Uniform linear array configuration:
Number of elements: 16
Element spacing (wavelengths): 0.75
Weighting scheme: exponential
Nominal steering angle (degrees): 45
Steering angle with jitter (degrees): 43.43
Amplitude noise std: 0.05
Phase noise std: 0.05

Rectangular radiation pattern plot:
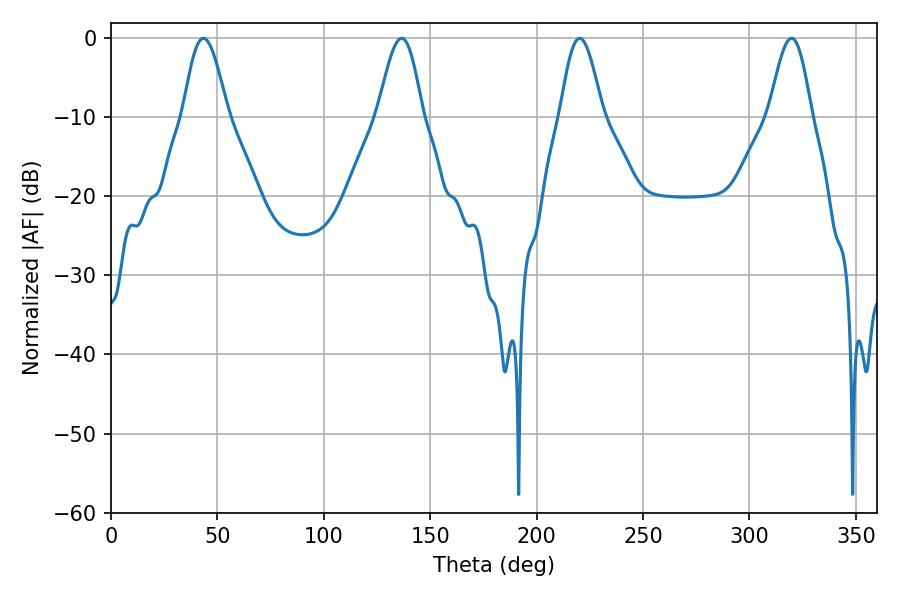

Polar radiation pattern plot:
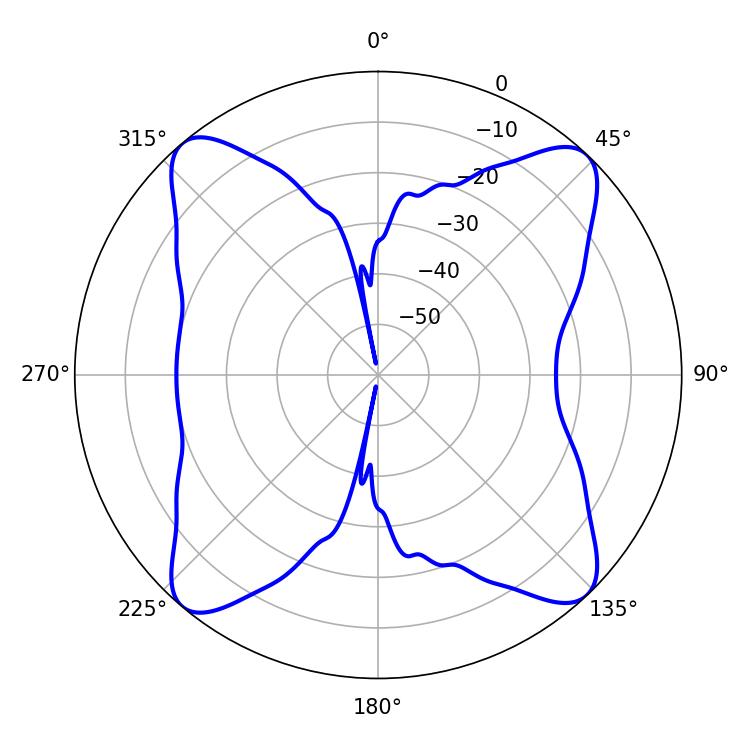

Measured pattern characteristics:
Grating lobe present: TRUE
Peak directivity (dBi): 18.652
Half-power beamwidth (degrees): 11.16
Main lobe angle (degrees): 43.38